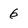
Character: 6